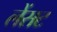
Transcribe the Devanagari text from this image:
लेंसट